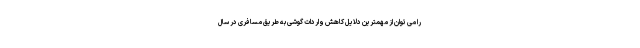
را می توان از مهمترین دلایل کاهش واردات گوشی به طریق مسافری در سال